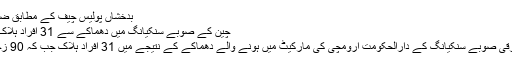
بدخشاں پولیس چیف کے مطابق ضلع یمگان میں
چین کے صوبے سنکیانگ میں دھماکے سے 31 افراد ہلاک، 90 زخمی
چین کے مشرقی صوبے سنکیانگ کے دارالحکومت ارومچی کی مارکیٹ میں ہونے والے دھماکے کے نتیجے میں 31 افراد ہلاک جب کہ 90 زخمی ہو گئے۔